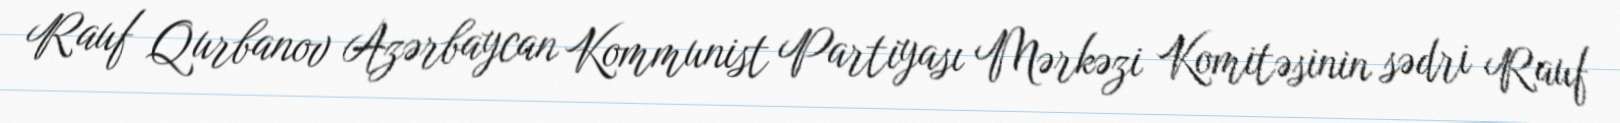
Rauf Qurbanov Azərbaycan Kommunist Partiyası Mərkəzi Komitəsinin sədri Rauf